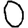
Digit: 0